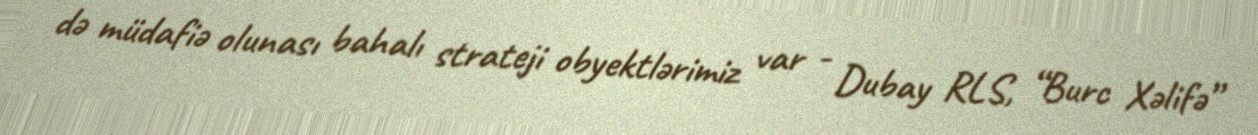
də müdafiə olunası bahalı strateji obyektlərimiz var - Dubay RLS, “Burc Xəlifə”